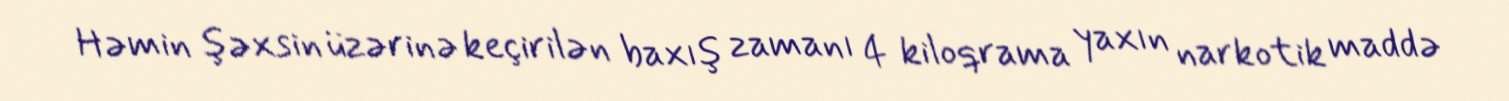
Həmin şəxsin üzərinə keçirilən baxış zamanı 4 kiloqrama yaxın narkotik maddə